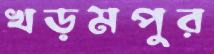
খড়মপুর